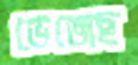
ভেজেছ